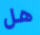
هل